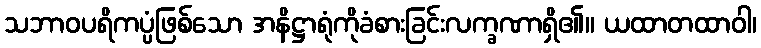
သဘာဝပရိကပ္ပံဖြစ်သော အနိဋ္ဌာရုံကိုခံစားခြင်းလက္ခဏာရှိ၏။ ယထာတထာဝါ၊